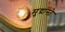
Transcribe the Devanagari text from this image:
मुद्रास्ते